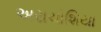
અરાચોશિયા